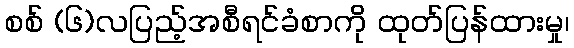
စစ် (၆)လပြည့်အစီရင်ခံစာကို ထုတ်ပြန်ထားမှု၊